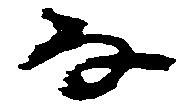
な